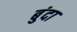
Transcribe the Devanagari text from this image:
बुंदा